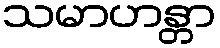
သမာဟန္တာ